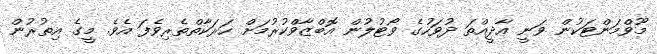
މޫވްމަންޓަކުން ވަނީ އާދީއްތަ ދުވަހުގެ ވޯޓުލުން އޮބްޒާވްކުރުމަށް ހަރަކާތްތެރިވެފަ އެވެ. މީގެ އިތުރުން